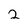
Character: 2